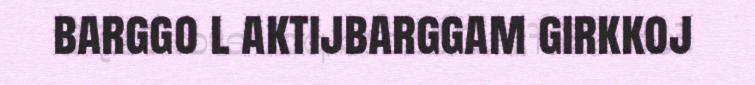
barggo l aktijbarggam girkkoj